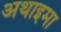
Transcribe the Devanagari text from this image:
अथाइमा